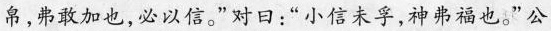
帛，弗敢加也，必以信e”对曰：“小信未孚，神弗福也。”公